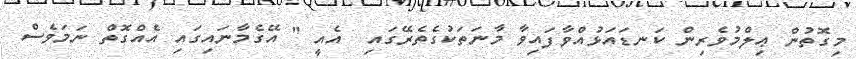
މިގޮތުން ޢިލްމުވެރިން ކަނޑައަޅުއްވާފައިވާ މާނަތަކުގެތެރޭގައި  އެއީ " އޭގެމާނައިގައި އެއްގޮތް ނަމަވެސް